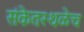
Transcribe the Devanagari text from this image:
संकेतस्थळेच